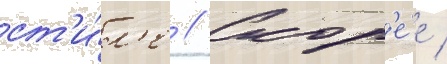
ст'и́л'е // Скор'е́е /